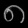
Digit: ၈